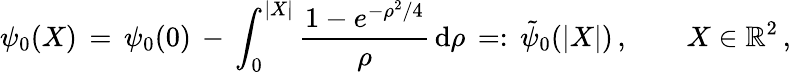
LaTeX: \psi_{0}(X)\, =\, \psi_{0}(0)\, -\, \int_{0}^{|X|}\frac{1-e^{-\rho^{2}/4}}{\rho}\, \mathrm{d}\rho\, =:\, \tilde{\psi}_{0}(|X|)\, ,\qquad X\in\mathbb{R}^{2}\, ,